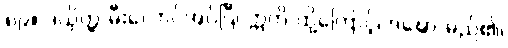
၈၉။ ဒယှိတ္ထ-မီးလောင်အပ်ပြီ၊ ဣတိ-ထို့ကြောင့်၊ ဒဍ္ဎော-မည်၏၊